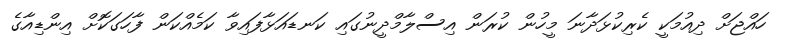
ހައްޖަށް ދިއުމަކީ ކެރިކުޅަދާނަ މީހުން ކުރަން އިސްލާމްދީނުގައި ކަނޑައަޅާފައިވާ ކަމެއްކަން ފާހަގަކޮށް އިންޑިއާގެ